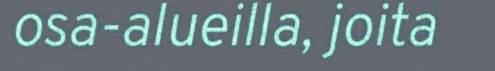
osa-alueilla, joita